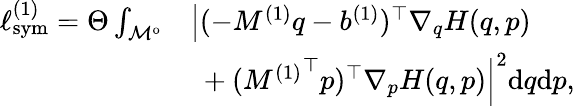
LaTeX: \begin{array}{rl}{\ell_{\mathrm{sym}}^{(1)}=\Theta\int_{\mathcal{M}^{\mathrm{o}}}}&{\left|(-M^{(1)}q-b^{(1)})^{\top}\nabla_{q}H(q,p)\right.}\\ &{\left.~+({M^{(1)}}^{\top}p)^{\top}\nabla_{p}H(q,p)\right|^{2}\mathrm{d}q\mathrm{d}p,}\end{array}